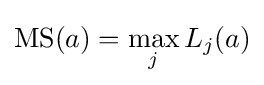
{\mbox{MS}}(a)=\max _{j}L_{j}(a)